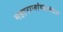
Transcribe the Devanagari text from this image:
महाराजांच्याबद्दल